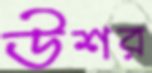
উশর